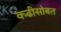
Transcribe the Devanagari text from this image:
कढीसोबत